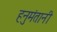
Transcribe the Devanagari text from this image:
हनुमंतानी